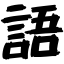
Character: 語